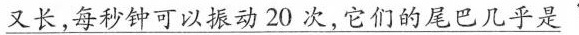
又长，每秒钟可以振动20次，它们的尾巴几乎是